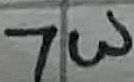
Text: 7W